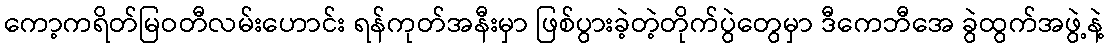
ကော့ကရိတ်မြဝတီလမ်းဟောင်း ရန်ကုတ်အနီးမှာ ဖြစ်ပွားခဲ့တဲ့တိုက်ပွဲတွေမှာ ဒီကေဘီအေ ခွဲထွက်အဖွဲ့နဲ့